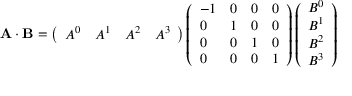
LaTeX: \mathbf { A \cdot B } = \left( { \begin{array} { l l l l } { A ^ { 0 } } & { A ^ { 1 } } & { A ^ { 2 } } & { A ^ { 3 } } \end{array} } \right) \left( { \begin{array} { l l l l } { - 1 } & { 0 } & { 0 } & { 0 } \\ { 0 } & { 1 } & { 0 } & { 0 } \\ { 0 } & { 0 } & { 1 } & { 0 } \\ { 0 } & { 0 } & { 0 } & { 1 } \end{array} } \right) \left( { \begin{array} { l } { B ^ { 0 } } \\ { B ^ { 1 } } \\ { B ^ { 2 } } \\ { B ^ { 3 } } \end{array} } \right)